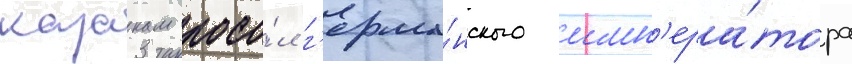
казакам посо́л г'ерма́нского имп'ера́тора